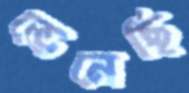
ভেনেছি